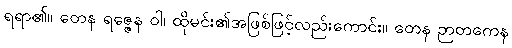
ရရာ၏။ တေန ရဇ္ဇေန ဝါ၊ ထိုမင်း၏အဖြစ်ဖြင့်လည်းကောင်း။ တေန ဉာတကေန